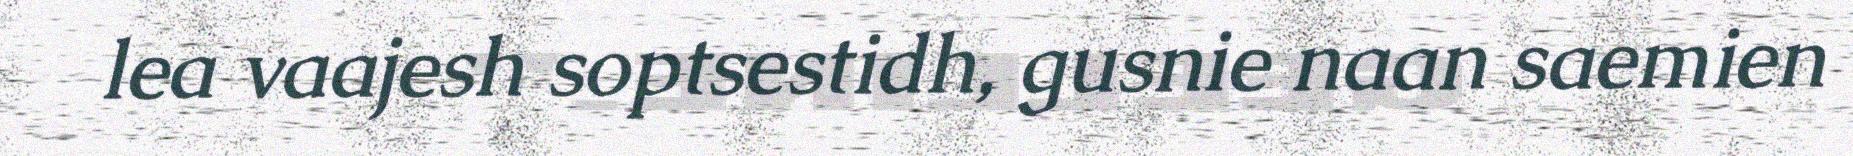
lea vaajesh soptsestidh, gusnie naan saemien